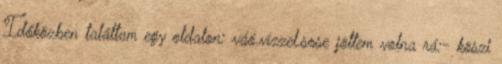
Időközben találtam egy oldalon: váó.vízzel.sose jöttem volna rá:- köszi